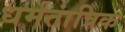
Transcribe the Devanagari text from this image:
धर्मतांत्रिक